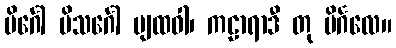
ပိင်္ဂေါ ပိသင်္ဂေါ ပျထဝါ၊ ကဠာရာဒီ တု ပိင်္ဂလေ။